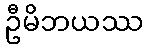
ဦမိဘယဿ